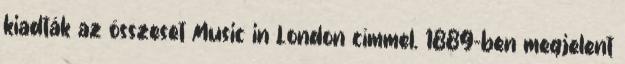
kiadták az összeset Music in London címmel. 1889-ben megjelent